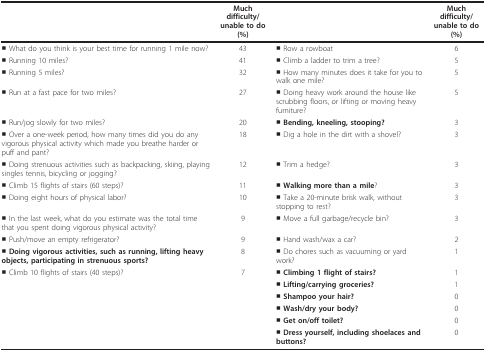
<table><thead><tr><td></td><td><b>Much difficulty/ unable to do (%)</b></td><td></td><td><b>Much difficulty/ unable to do (%)</b></td></tr></thead><tbody><tr><td>■ What do you think is your best time for running 1 mile now?</td><td>43</td><td>■ Row a rowboat</td><td>6</td></tr><tr><td>■ Running 10 miles?</td><td>41</td><td>■ Climb a ladder to trim a tree?</td><td>5</td></tr><tr><td>■ Running 5 miles?</td><td>32</td><td>■ How many minutes does it take for you to walk one mile?</td><td>5</td></tr><tr><td>■ Run at a fast pace for two miles?</td><td>27</td><td>■ Doing heavy work around the house like scrubbing floors, or lifting or moving heavy furniture?</td><td>5</td></tr><tr><td>■ Run/jog slowly for two miles?</td><td>20</td><td>■ <b>Bending, kneeling, stooping?</b></td><td>3</td></tr><tr><td>■ Over a one-week period, how many times did you do any vigorous physical activity which made you breathe harder or puff and pant?</td><td>18</td><td>■ Dig a hole in the dirt with a shovel?</td><td>3</td></tr><tr><td>■ Doing strenuous activities such as backpacking, skiing, playing singles tennis, bicycling or jogging?</td><td>12</td><td>■ Trim a hedge?</td><td>3</td></tr><tr><td>■ Climb 15 flights of stairs (60 steps)?</td><td>11</td><td>■ <b>Walking more than a mile</b>?</td><td>3</td></tr><tr><td>■ Doing eight hours of physical labor?</td><td>10</td><td>■ Take a 20-minute brisk walk, without stopping to rest?</td><td>3</td></tr><tr><td>■ In the last week, what do you estimate was the total time that you spent doing vigorous physical activity?</td><td>9</td><td>■ Move a full garbage/recycle bin?</td><td>3</td></tr><tr><td>■ Push/move an empty refrigerator?</td><td>9</td><td>■ Hand wash/wax a car?</td><td>2</td></tr><tr><td>■ <b>Doing vigorous activities, such as running, lifting heavy objects, participating in strenuous sports?</b></td><td>8</td><td>■ Do chores such as vacuuming or yard work?</td><td>1</td></tr><tr><td>■ Climb 10 flights of stairs (40 steps)?</td><td>7</td><td>■ <b>Climbing 1 flight of stairs?</b></td><td>1</td></tr><tr><td></td><td></td><td>■ <b>Lifting/carrying groceries?</b></td><td>1</td></tr><tr><td></td><td></td><td>■ <b>Shampoo your hair?</b></td><td>0</td></tr><tr><td></td><td></td><td>■ <b>Wash/dry your body?</b></td><td>0</td></tr><tr><td></td><td></td><td>■ <b>Get on/off toilet?</b></td><td>0</td></tr><tr><td></td><td></td><td>■ <b>Dress yourself, including shoelaces and buttons?</b></td><td>0</td></tr></tbody></table>